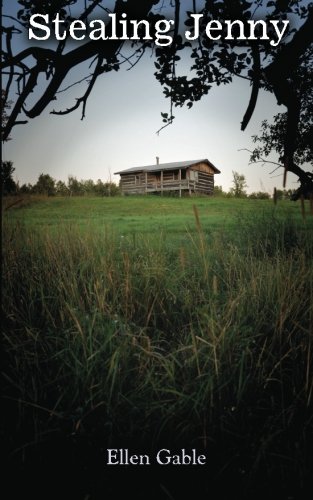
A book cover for Stealing Jenny; Ellen Gable; Literature & Fiction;